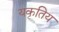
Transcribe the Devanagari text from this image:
यकृतिय